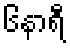
၆နာရီ